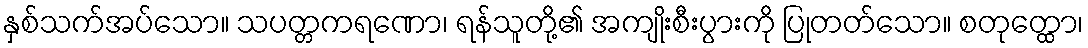
နှစ်သက်အပ်သော။ သပတ္တကရဏော၊ ရန်သူတို့၏ အကျိုးစီးပွားကို ပြုတတ်သော။ စတုတ္ထော၊